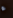
ء